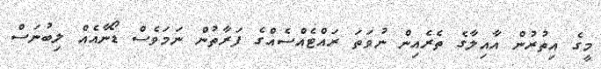
މީގެ އިތުރުން އާއިލާގެ ތެރެއިން ނުވަތަ ރައްޓެއްސެއްގެ ފަރާތުން ނަމަވެސް ޑޯނާއެއް ލިބުނަސް